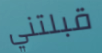
قبلتني